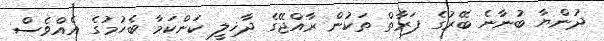
ދުންޔާ ބުނާނެ ބޭރުގެ ފަރާތް ތަކުން ރާއްޖޭގެ ދާޚިލީ ކަންކަމާ ބެހުމުގެ އެއްވެސް